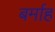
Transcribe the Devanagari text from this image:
बर्माह